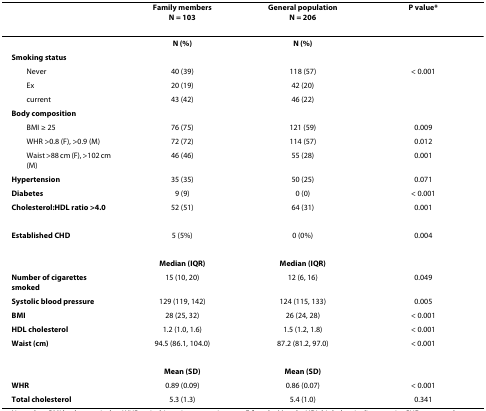
<table><thead><tr><td></td><td><b>Family membersN = 103</b></td><td><b>General populationN = 206</b></td><td><b>P value*</b></td></tr></thead><tbody><tr><td></td><td><b>N (%)</b></td><td><b>N (%)</b></td><td></td></tr><tr><td><b>Smoking status</b></td><td></td><td></td><td></td></tr><tr><td> Never</td><td>40 (39)</td><td>118 (57)</td><td>&lt; 0.001</td></tr><tr><td> Ex</td><td>20 (19)</td><td>42 (20)</td><td></td></tr><tr><td> current</td><td>43 (42)</td><td>46 (22)</td><td></td></tr><tr><td><b>Body composition</b></td><td></td><td></td><td></td></tr><tr><td> BMI ≥ 25</td><td>76 (75)</td><td>121 (59)</td><td>0.009</td></tr><tr><td> WHR &gt;0.8 (F), &gt;0.9 (M)</td><td>72 (72)</td><td>114 (57)</td><td>0.012</td></tr><tr><td> Waist &gt;88 cm (F), &gt;102 cm (M)</td><td>46 (46)</td><td>55 (28)</td><td>0.001</td></tr><tr><td><b>Hypertension</b></td><td>35 (35)</td><td>50 (25)</td><td>0.071</td></tr><tr><td><b>Diabetes</b></td><td>9 (9)</td><td>0 (0)</td><td>&lt; 0.001</td></tr><tr><td><b>Cholesterol:HDL ratio &gt;4.0</b></td><td>52 (51)</td><td>64 (31)</td><td>0.001</td></tr><tr><td><b>Established CHD</b></td><td>5 (5%)</td><td>0 (0%)</td><td>0.004</td></tr><tr><td></td><td><b>Median (IQR)</b></td><td><b>Median (IQR)</b></td><td></td></tr><tr><td><b>Number of cigarettes smoked</b></td><td>15 (10, 20)</td><td>12 (6, 16)</td><td>0.049</td></tr><tr><td><b>Systolic blood pressure</b></td><td>129 (119, 142)</td><td>124 (115, 133)</td><td>0.005</td></tr><tr><td><b>BMI</b></td><td>28 (25, 32)</td><td>26 (24, 28)</td><td>&lt; 0.001</td></tr><tr><td><b>HDL cholesterol</b></td><td>1.2 (1.0, 1.6)</td><td>1.5 (1.2, 1.8)</td><td>&lt; 0.001</td></tr><tr><td><b>Waist (cm)</b></td><td>94.5 (86.1, 104.0)</td><td>87.2 (81.2, 97.0)</td><td>&lt; 0.001</td></tr><tr><td></td><td><b>Mean (SD)</b></td><td><b>Mean (SD)</b></td><td></td></tr><tr><td><b>WHR</b></td><td>0.89 (0.09)</td><td>0.86 (0.07)</td><td>&lt; 0.001</td></tr><tr><td><b>Total cholesterol</b></td><td>5.3 (1.3)</td><td>5.4 (1.0)</td><td>0.341</td></tr></tbody></table>